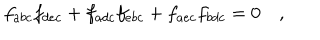
f _ { a b c } f _ { d e c } + f _ { a d c } f _ { e b c } + f _ { a e c } f _ { b d c } = 0 \quad ,